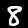
Label: 8